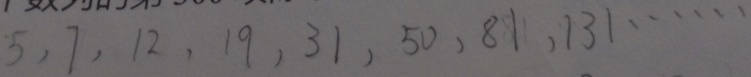
5 , 7 , 1 2 , 1 9 , 3 1 , 5 0 , 8 1 , 1 3 1 , \cdots